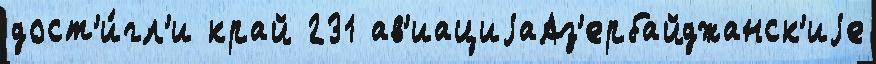
дост'и́гл'и край 231 ав'иациjаАз'ербайджанск'иjе